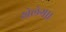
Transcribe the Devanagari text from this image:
खेलेगा।